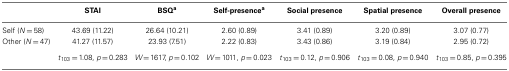
<table><thead><tr><td></td><td><b>STAI</b></td><td><b>BSQ<sup>a</sup></b></td><td><b>Self-presence<sup>a</sup></b></td><td><b>Social presence</b></td><td><b>Spatial presence</b></td><td><b>Overall presence</b></td></tr></thead><tbody><tr><td>Self (<i>N</i> = 58)</td><td>43.69 (11.22)</td><td>26.64 (10.21)</td><td>2.60 (0.89)</td><td>3.41 (0.89)</td><td>3.20 (0.89)</td><td>3.07 (0.77)</td></tr><tr><td>Other (<i>N</i> = 47)</td><td>41.27 (11.57)</td><td>23.93 (7.51)</td><td>2.22 (0.83)</td><td>3.43 (0.86)</td><td>3.19 (0.84)</td><td>2.95 (0.72)</td></tr><tr><td></td><td><i>t</i><sub>103</sub> = 1.08, <i>p</i> = 0.283</td><td><i>W</i> = 1617, <i>p</i> = 0.102</td><td><i>W</i> = 1011, <i>p</i> = 0.023</td><td><i>t</i><sub>103</sub> = 0.12, <i>p</i> = 0.906</td><td><i>t</i><sub>103</sub> = 0.08, <i>p</i> = 0.940</td><td><i>t</i><sub>103</sub> = 0.85, <i>p</i> = 0.395</td></tr></tbody></table>